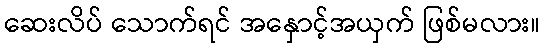
ဆေးလိပ် သောက်ရင် အနှောင့်အယှက် ဖြစ်မလား။